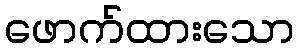
ဖောက်ထားသော